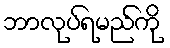
ဘာလုပ်ရမည်ကို